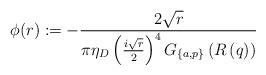
LaTeX: \begin{align*}\phi(r):=-\frac{2\sqrt{r}}{\pi \eta_D\left(\frac{i\sqrt{r}}{2}\right)^4G_{\{a,p\}}\left(R\left(q\right)\right)}\end{align*}